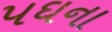
પઘના